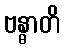
ဗန္ဓာတိ